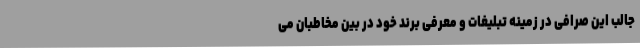
جالب این صرافی در زمینه تبلیغات و معرفی برند خود در بین مخاطبان می